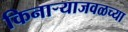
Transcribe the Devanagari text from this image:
किनार्‍याजवळच्या